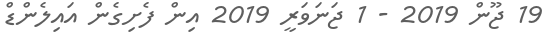
19 ޖޫން 2019 - 1 ޖަނަވަރީ 2019 އިން ފެށިގެން އައިލެންޑް